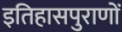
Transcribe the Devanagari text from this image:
इतिहासपुराणों